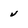
Character: u